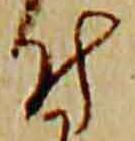
付